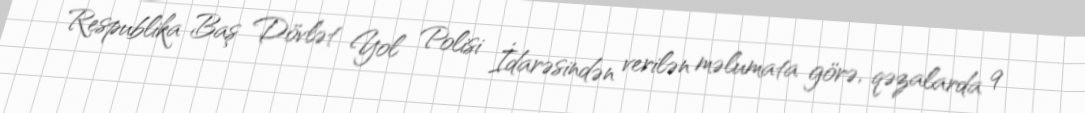
Respublika Baş Dövlət Yol Polisi İdarəsindən verilən məlumata görə, qəzalarda 9